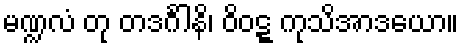
မဏ္ဍလံ တု တဒင်္ဂါနိ၊ ဝိဝဋ္ဋ ကုသိအာဒယော။